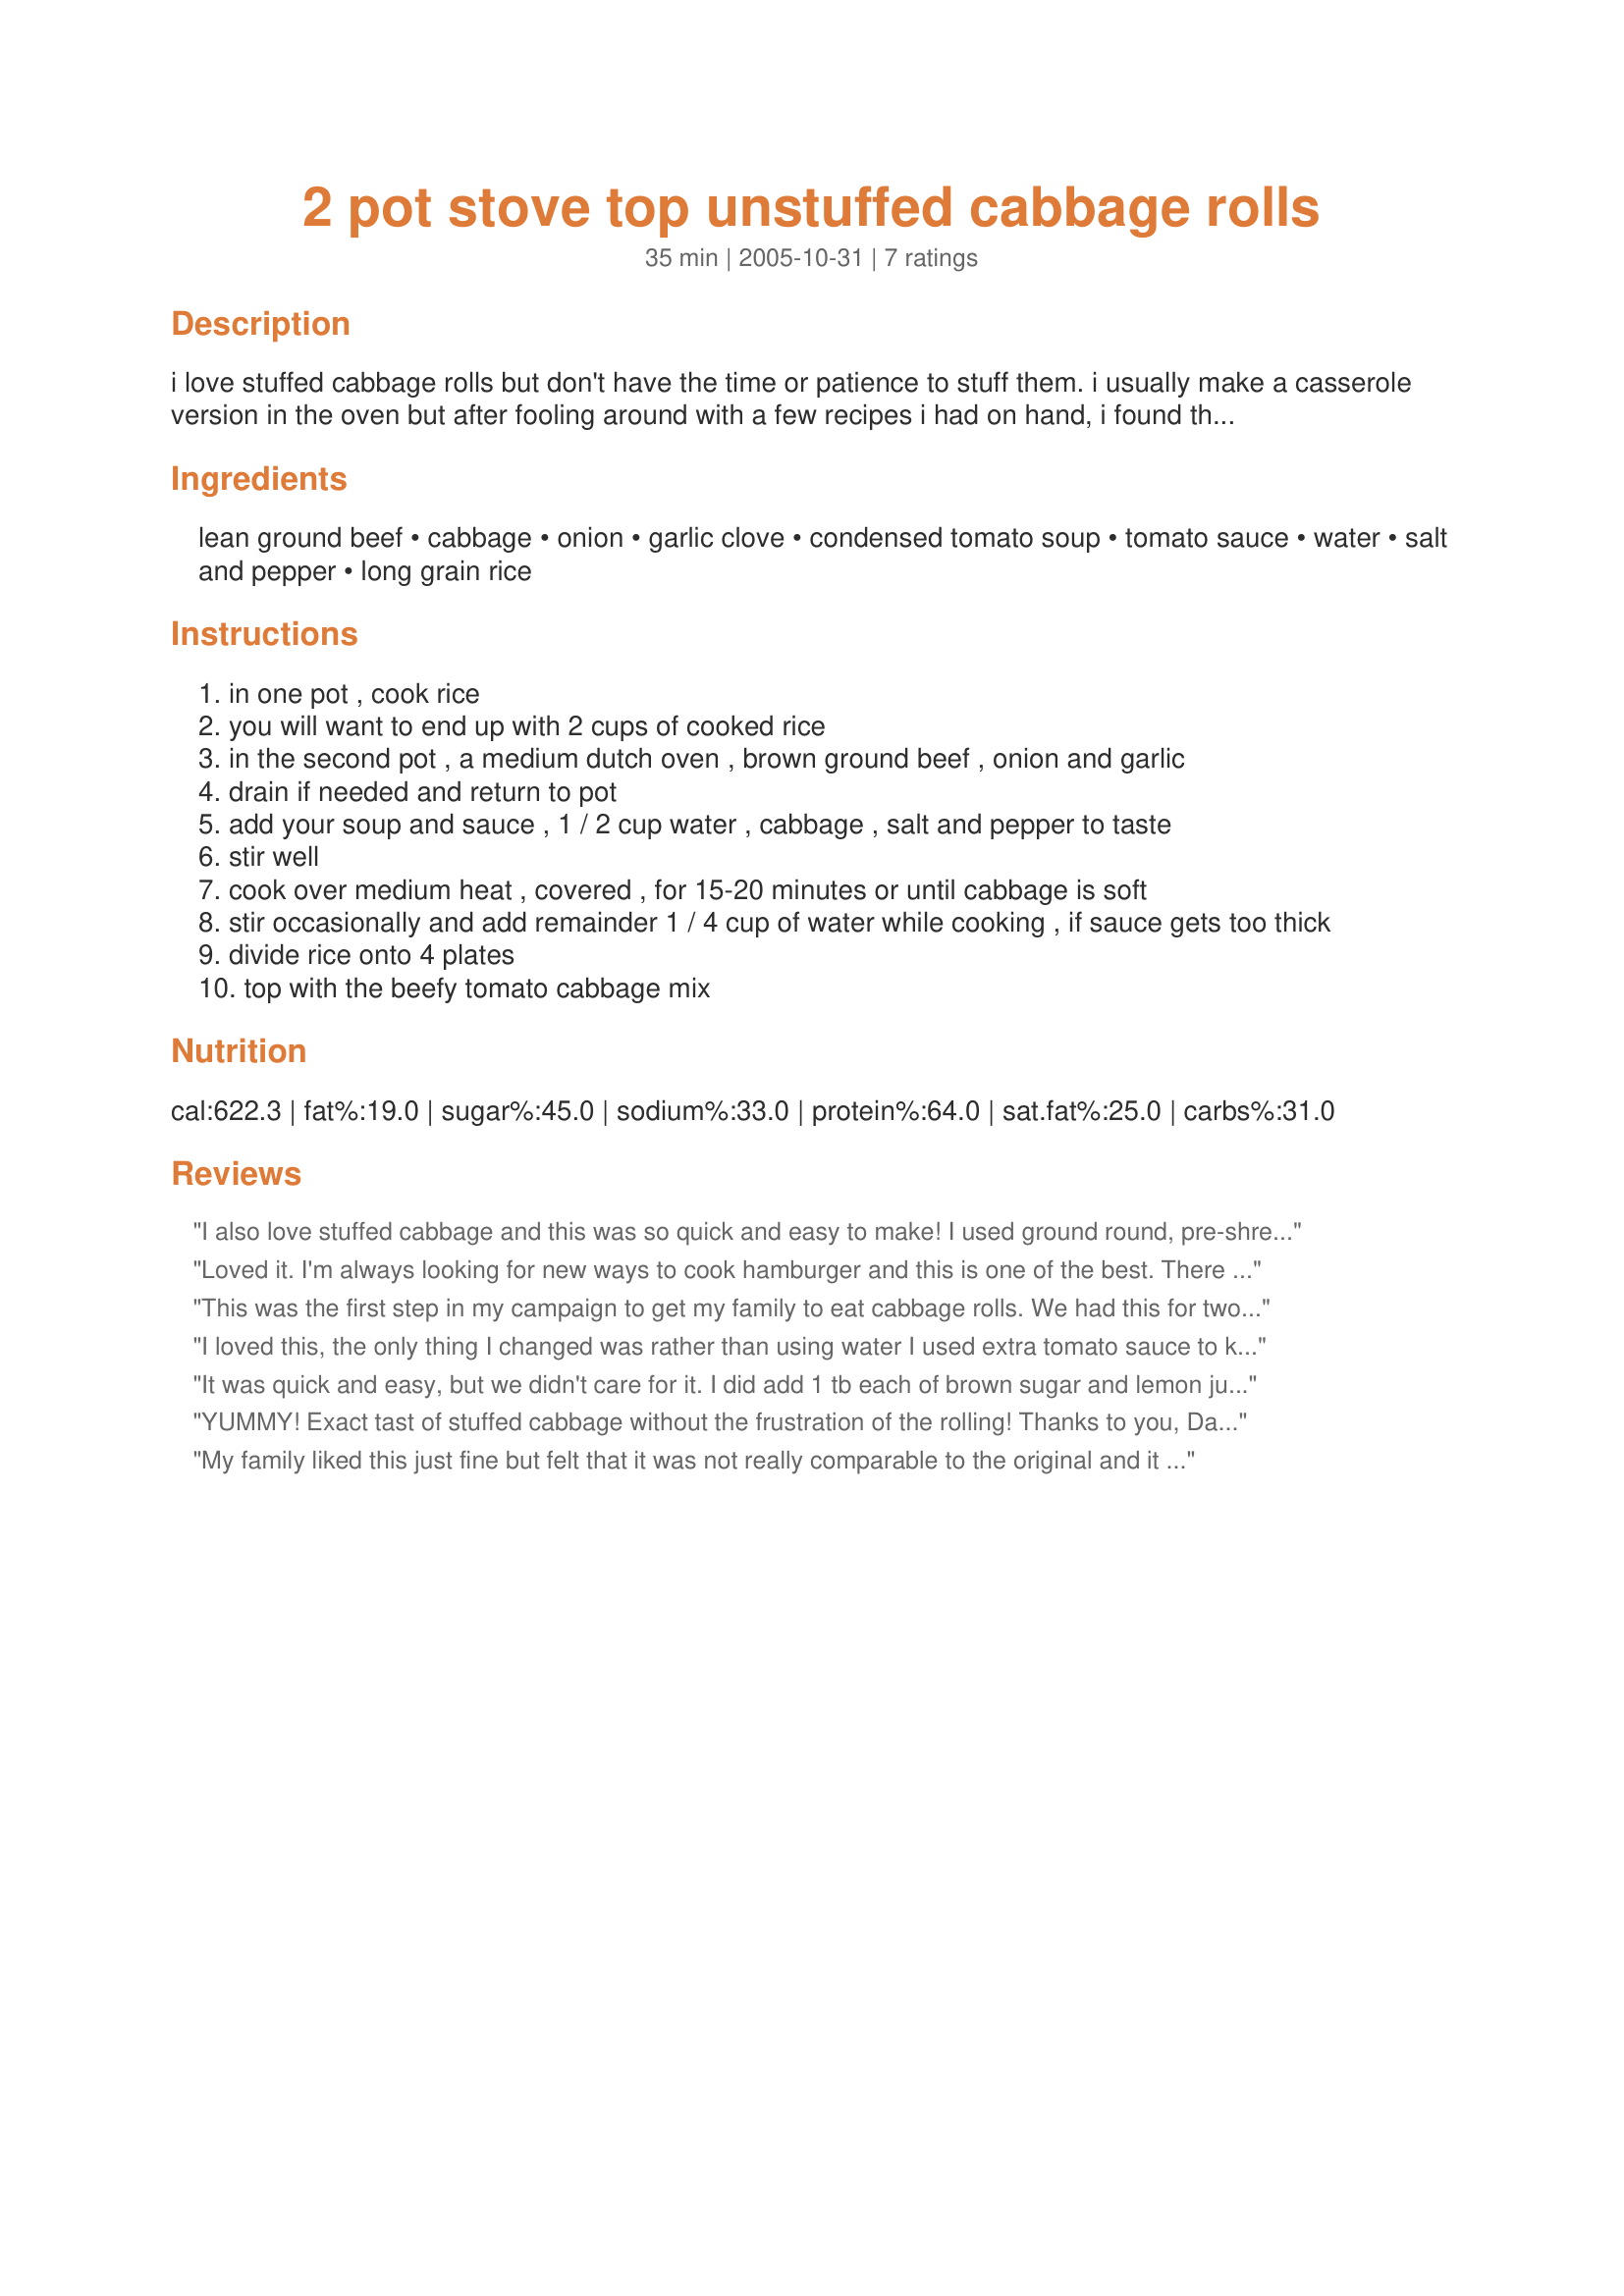
2 pot stove top unstuffed cabbage rolls
Preparation time: 35 minutes

i love stuffed cabbage rolls but don't have the time or patience to stuff them. i usually make a casserole version in the oven but after fooling around with a few recipes i had on hand, i found this way much quicker and just as tasty. makes a great busy weeknight dinner. i like to serve this with some warm bread or dinner rolls. i also like to make the rice with a recipe posted by jan s, #53546 perfect rice every time we cook it!

Ingredients:
lean ground beef, cabbage, onion, garlic clove, condensed tomato soup, tomato sauce, water, salt and pepper, long grain rice

Steps:
in one pot , cook rice
you will want to end up with 2 cups of cooked rice
in the second pot , a medium dutch oven , brown ground beef , onion and garlic
drain if needed and return to pot
add your soup and sauce , 1 / 2 cup water , cabbage , salt and pepper to taste
stir well
cook over medium heat , covered , for 15-20 minutes or until cabbage is soft
stir occasionally and add remainder 1 / 4 cup of water while cooking , if sauce gets too thick
divide rice onto 4 plates
top with the beefy tomato cabbage mix

Reviews:

I also love stuffed cabbage and this was so quick and easy to make! I used ground round, pre-shredded cabbage and tomato sauce with garlic. Added some additional lemon pepper, celery seed, and red pepper flakes as it needed just a bit more flavor for us. Will make this again!
Loved it. I'm always looking for new ways to cook hamburger and this is one of the best. There is never left overs of this stuff. Thanks.
This was the first step in my campaign to get my family to eat cabbage rolls. We had this for two dinners and the kids ate it without question. I added about a tablespoon of brown sugar and squirt of fresh lemon juice. I liked that this was served over fluffy rice. I used a new "premium" Minute Rice.

Roxygirl
I loved this, the only thing I changed was rather than using water I used extra tomato sauce to keep the flavour ,I also added some oregano and seasoned salt. Delish!!
It was quick and easy, but we didn't care for it. I did add 1 tb each of brown sugar and lemon juice. But it seemed to be missing something.
YUMMY! Exact tast of stuffed cabbage without the frustration of the rolling! Thanks to you, Dancing Cook I will NEVER roll again!
My family liked this just fine but felt that it was not really comparable to the original and it still took much longer than 20 minutes to soften the cabbage. I agree with Debilyn_ks that it seemed like it was missing something. I even added a little butter and a dash of vinegar like my original rolled recipe. I think it was the tomato sauce/water that diluted the taste down.
